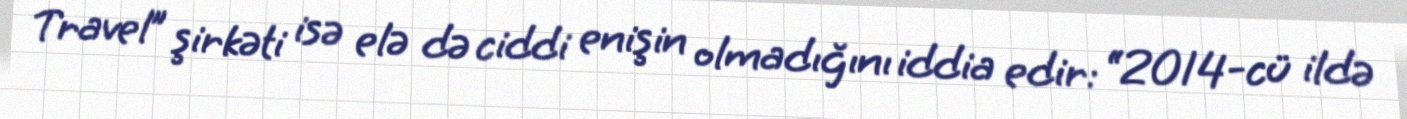
Travel” şirkəti isə elə də ciddi enişin olmadığını iddia edir: “2014-cü ildə